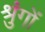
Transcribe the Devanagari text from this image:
श्रुंगों